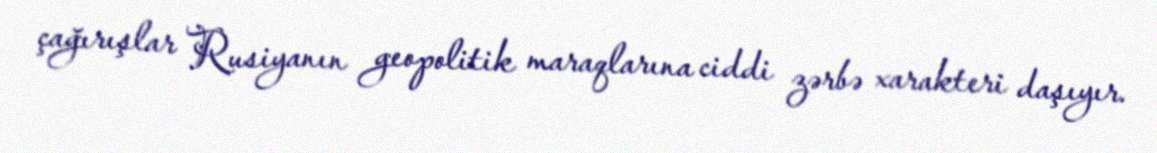
çağırışlar Rusiyanın geopolitik maraqlarına ciddi zərbə xarakteri daşıyır.